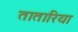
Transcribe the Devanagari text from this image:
तातारिया